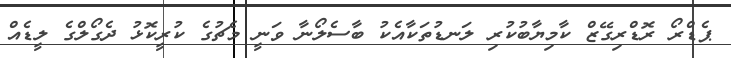
ޕެޑްރޯ ރޮޑްރިގޭޒް ކާމިޔާބުކުރި ލަނޑުތަކާއެކު ބާސެލޯނާ ވަނީ މެޗުގެ ކުރީކޮޅު ދެގޯލްގެ ލީޑެއް